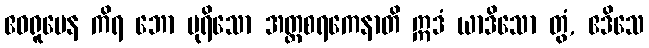
ဧဝရူပေန ကိရ ဘော ပုရိသော အတ္ထစရကေနာတိ ဣဒံ ယာဒိသော တွံ, ဧဒိသေ